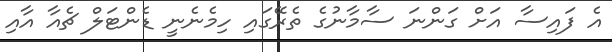
އެ ފައިސާ އަށް ގަންނަ ސާމާނުގެ ތެރޭގައި ހިމެނެނީ ޑެންޓަލް ޗެއާ އާއި